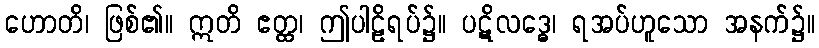
ဟောတိ၊ ဖြစ်၏။ ဣတိ ဧတ္ထ၊ ဤပါဠိရပ်၌။ ပဋိလဒ္ဓေ၊ ရအပ်ဟူသော အနက်၌။